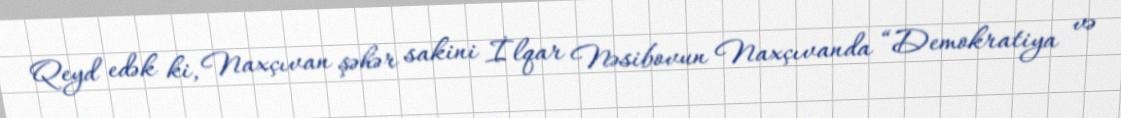
Qeyd edək ki, Naxçıvan şəhər sakini İlqar Nəsibovun Naxçıvanda “Demokratiya və